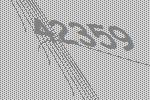
42359